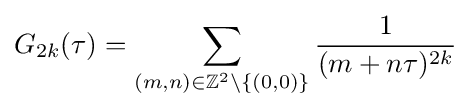
G_{2k}(\tau )=\sum _{(m,n)\in \mathbb {Z} ^{2}\setminus \{(0,0)\}}{\frac {1}{(m+n\tau )^{2k}}}